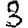
Digit: 3